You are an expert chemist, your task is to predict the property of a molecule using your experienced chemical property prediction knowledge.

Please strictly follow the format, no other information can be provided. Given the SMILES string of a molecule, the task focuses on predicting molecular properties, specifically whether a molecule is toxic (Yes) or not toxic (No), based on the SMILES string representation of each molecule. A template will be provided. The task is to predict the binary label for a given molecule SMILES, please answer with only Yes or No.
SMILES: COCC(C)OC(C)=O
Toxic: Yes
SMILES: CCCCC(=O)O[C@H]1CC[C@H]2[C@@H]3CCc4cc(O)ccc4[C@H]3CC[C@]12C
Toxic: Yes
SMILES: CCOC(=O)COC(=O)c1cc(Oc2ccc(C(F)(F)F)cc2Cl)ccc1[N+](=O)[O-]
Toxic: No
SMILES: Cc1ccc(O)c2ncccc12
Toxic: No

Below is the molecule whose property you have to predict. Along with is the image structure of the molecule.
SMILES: COc1cccc(C=O)c1
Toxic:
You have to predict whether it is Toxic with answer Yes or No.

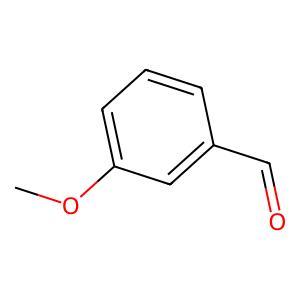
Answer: No